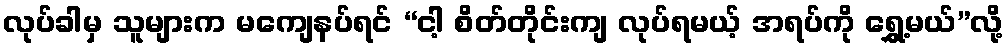
လုပ်ခါမှ သူများက မကျေနပ်ရင် “ငါ့ စိတ်တိုင်းကျ လုပ်ရမယ့် အရပ်ကို ရွှေ့မယ်”လို့